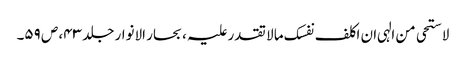
لاستحی من الہی ان اکلف نفسک ما لا تقدر علیہ ، بحار الانوار جلد ۴۳، ص ۵۹۔